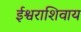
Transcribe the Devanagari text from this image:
ईश्वराशिवाय